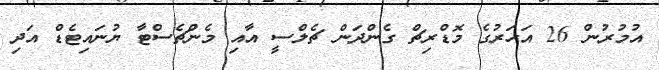
އުމުރުން 26 އަހަރުގެ މޮޑްރިޗް ގެންދަން ޗެލްސީ އާއި މެންޗެސްޓާ ޔުނައިޓެޑް އަދި